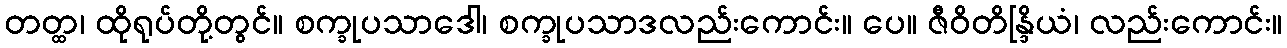
တတ္ထ၊ ထိုရုပ်တို့တွင်။ စက္ခုပသာဒေါ၊ စက္ခုပသာဒလည်းကောင်း။ ပေ။ ဇီဝိတိန္ဒြိယံ၊ လည်းကောင်း။